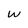
Character: W